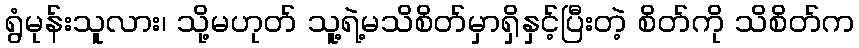
ရွံမုန်းသူလား၊ သို့မဟုတ် သူ့ရဲ့မသိစိတ်မှာရှိနှင့်ပြီးတဲ့ စိတ်ကို သိစိတ်က